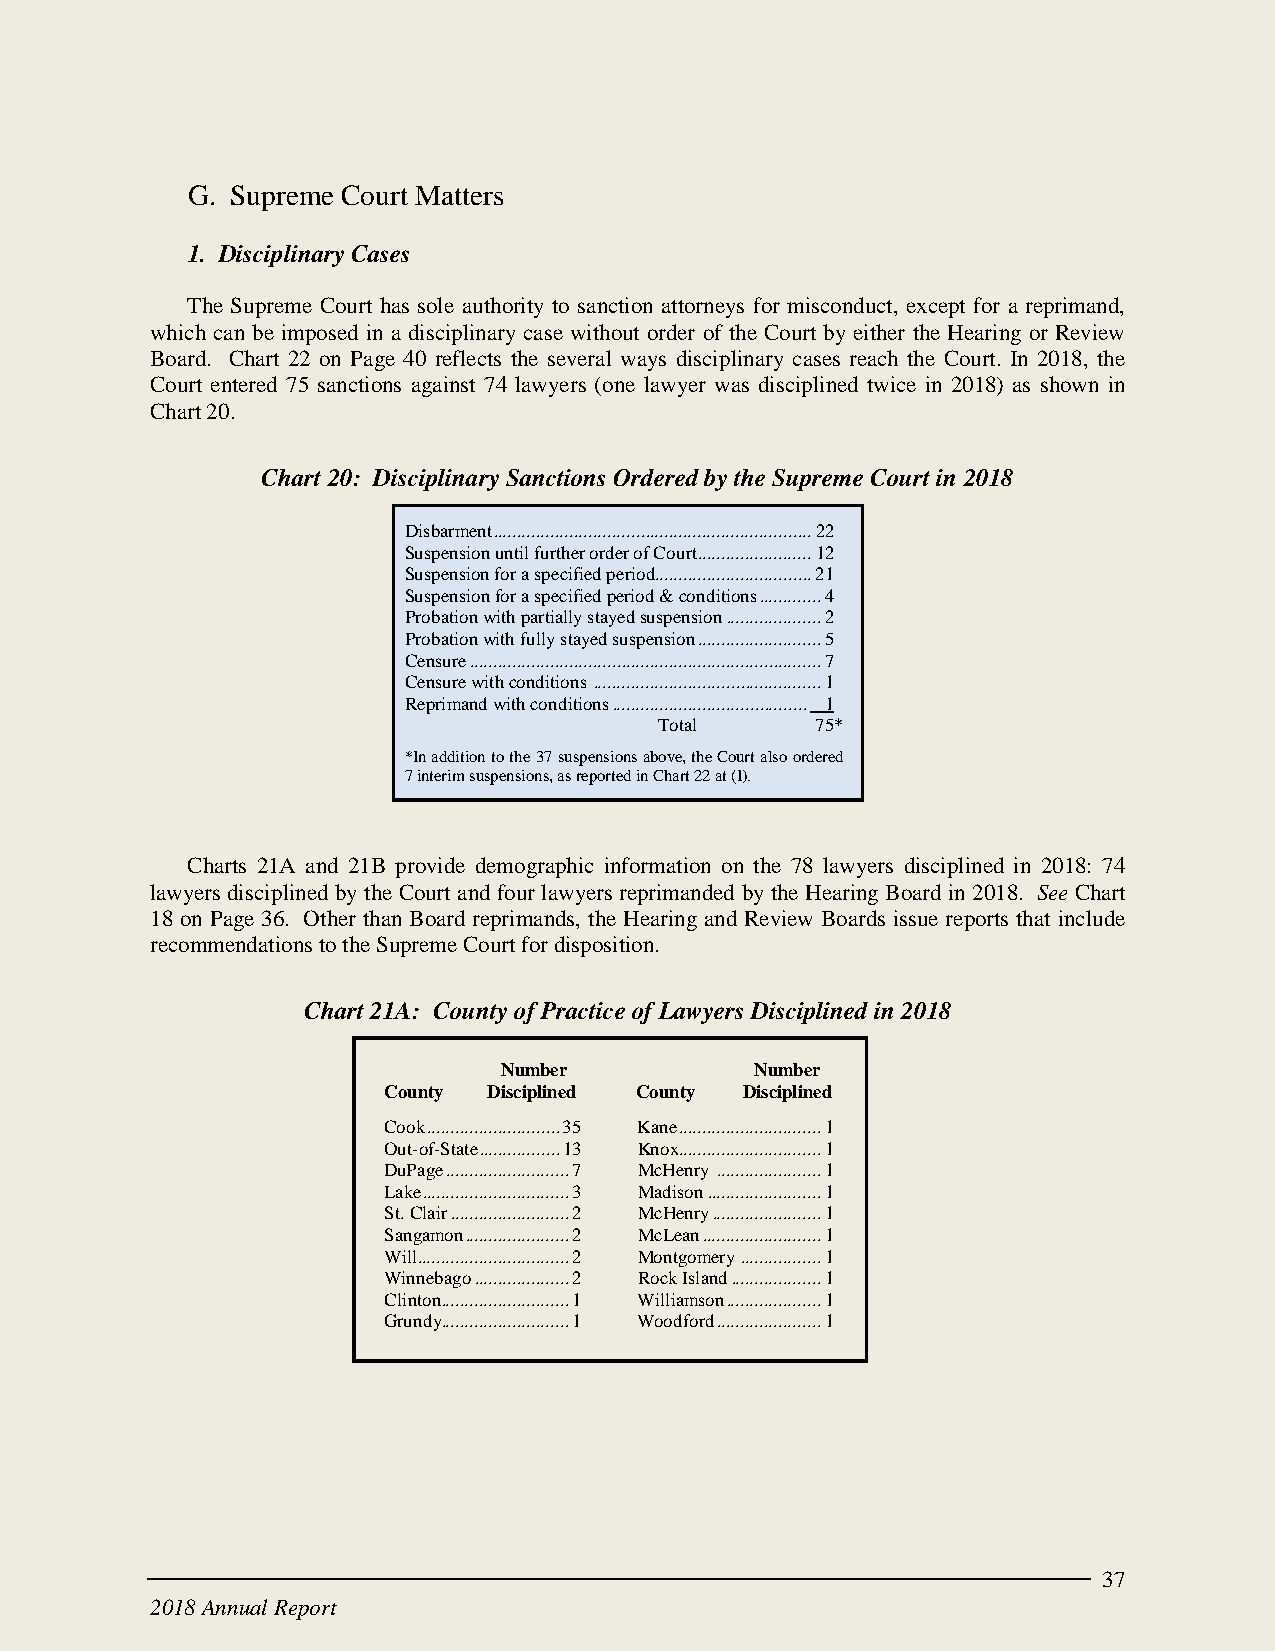
G. Supreme Court Matters
 1. Disciplinary Cases
 The Supreme Court has sole authority to sanction attorneys for misconduct, except for a reprimand,
 which can be imposed in a disciplinary case without order of the Court by either the Hearing or Review
 Board. Chart 22 on Page 40 reflects the several ways disciplinary cases reach the Court. In 2018, the
 Court entered 75 sanctions against 74 lawyers (one lawyer was disciplined twice in 2018) as shown in
 Chart 20.
 Chart 20: Disciplinary Sanctions Ordered by the Supreme Court in 2018
 Disbarment ................................................................... 22
 Suspension until further order of Court ........................ 12
 Suspension for a specified period ................................. 21
 Suspension for a specified period & conditions ............. 4
 Probation with partially stayed suspension .................... 2
 Probation with fully stayed suspension .......................... 5
 Censure .......................................................................... 7
 Censure with conditions ................................................ 1
 Reprimand with conditions ......................................... 1
 Total     75*
 *In addition to the 37 suspensions above, the Court also ordered
 7 interim suspensions, as reported in Chart 22 at (I).
 Charts 21A and 21B provide demographic information on the 78 lawyers disciplined in 2018: 74
 lawyers disciplined by the Court and four lawyers reprimanded by the Hearing Board in 2018. See Chart
 18 on Page 36. Other than Board reprimands, the Hearing and Review Boards issue reports that include
 recommendations to the Supreme Court for disposition.
 Chart 21A: County of Practice of Lawyers Disciplined in 2018
 Number           Number
 County Disciplined County Disciplined
 Cook ............................ 35 Kane .............................. 1
 Out-of-State ................. 13 Knox.............................. 1
 DuPage .......................... 7 McHenry ...................... 1
 Lake ............................... 3 Madison ........................ 1
 St. Clair ......................... 2 McHenry ....................... 1
 Sangamon ...................... 2 McLean ......................... 1
 Will ................................ 2 Montgomery ................. 1
 Winnebago .................... 2 Rock Island ................... 1
 Clinton ........................... 1 Williamson .................... 1
 Grundy........................... 1 Woodford ...................... 1
 37
 2018 Annual Report